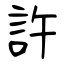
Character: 許